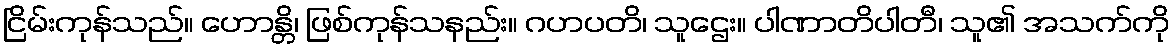
ငြိမ်းကုန်သည်။ ဟောန္တိ၊ ဖြစ်ကုန်သနည်း။ ဂဟပတိ၊ သူဌေး။ ပါဏာတိပါတီ၊ သူ၏ အသက်ကို